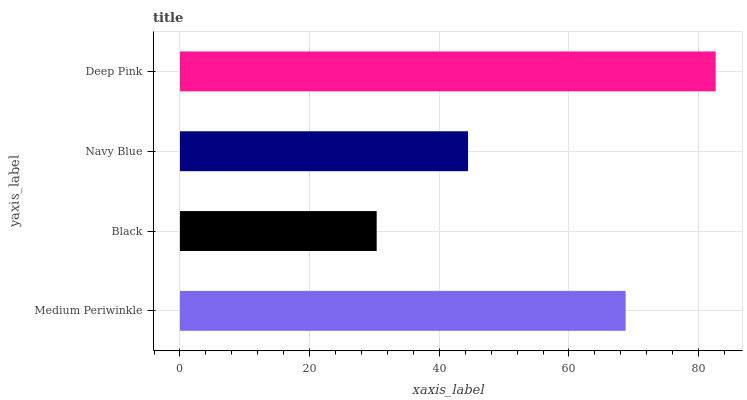
| yaxis_label | bars |
 | --- | --- |
 | Medium Periwinkle | 68.7 |
 | Black | 30.3 |
 | Navy Blue | 44.4 |
 | Deep Pink | 82.6 |